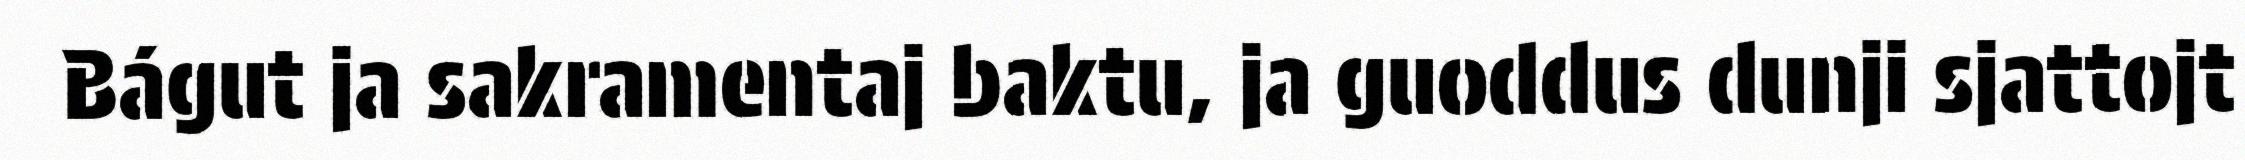
Bágut ja sakramentaj baktu, ja guoddus dunji sjattojt